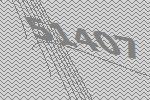
51407